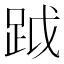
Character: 䟠